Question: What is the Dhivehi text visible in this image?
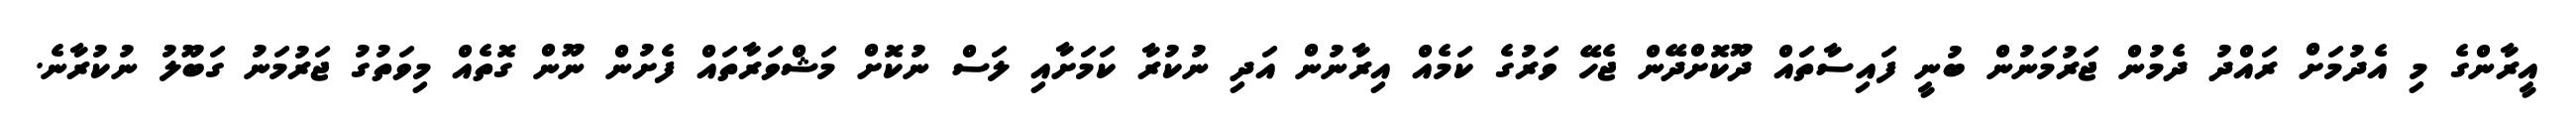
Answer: އީރާންގެ މި އެދުމަށް ރައްދު ދެމުން ޖަރުމަނުން ބުނީ ފައިސާތަައް ދޫކޮށްދޭން ޖެހޭ ވަރުގެ ކަމެއް އިރާނުން އަދި ނުކުރާ ކަމަށާއި ލަސް ނުކޮށް މަޝްވަރާތައް ފެށުން ނޫން ގޮތެއް މިވަތުގު ޖަރުމަނު ގަބޫލު ނުކުރާނެ.